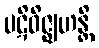
ပဋိဝိဇ္ဈဟန္တိ